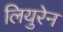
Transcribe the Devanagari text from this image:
लियुरेन